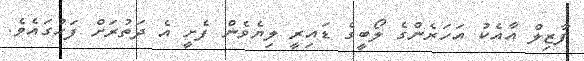
ފާޒިލް އާއެކު އަހަރެންގެ ލޯބީގެ ޑައިރީ ލިޔެވެން ފެށީ އެ ދަތުރަށް ފަހުގައެވެ.